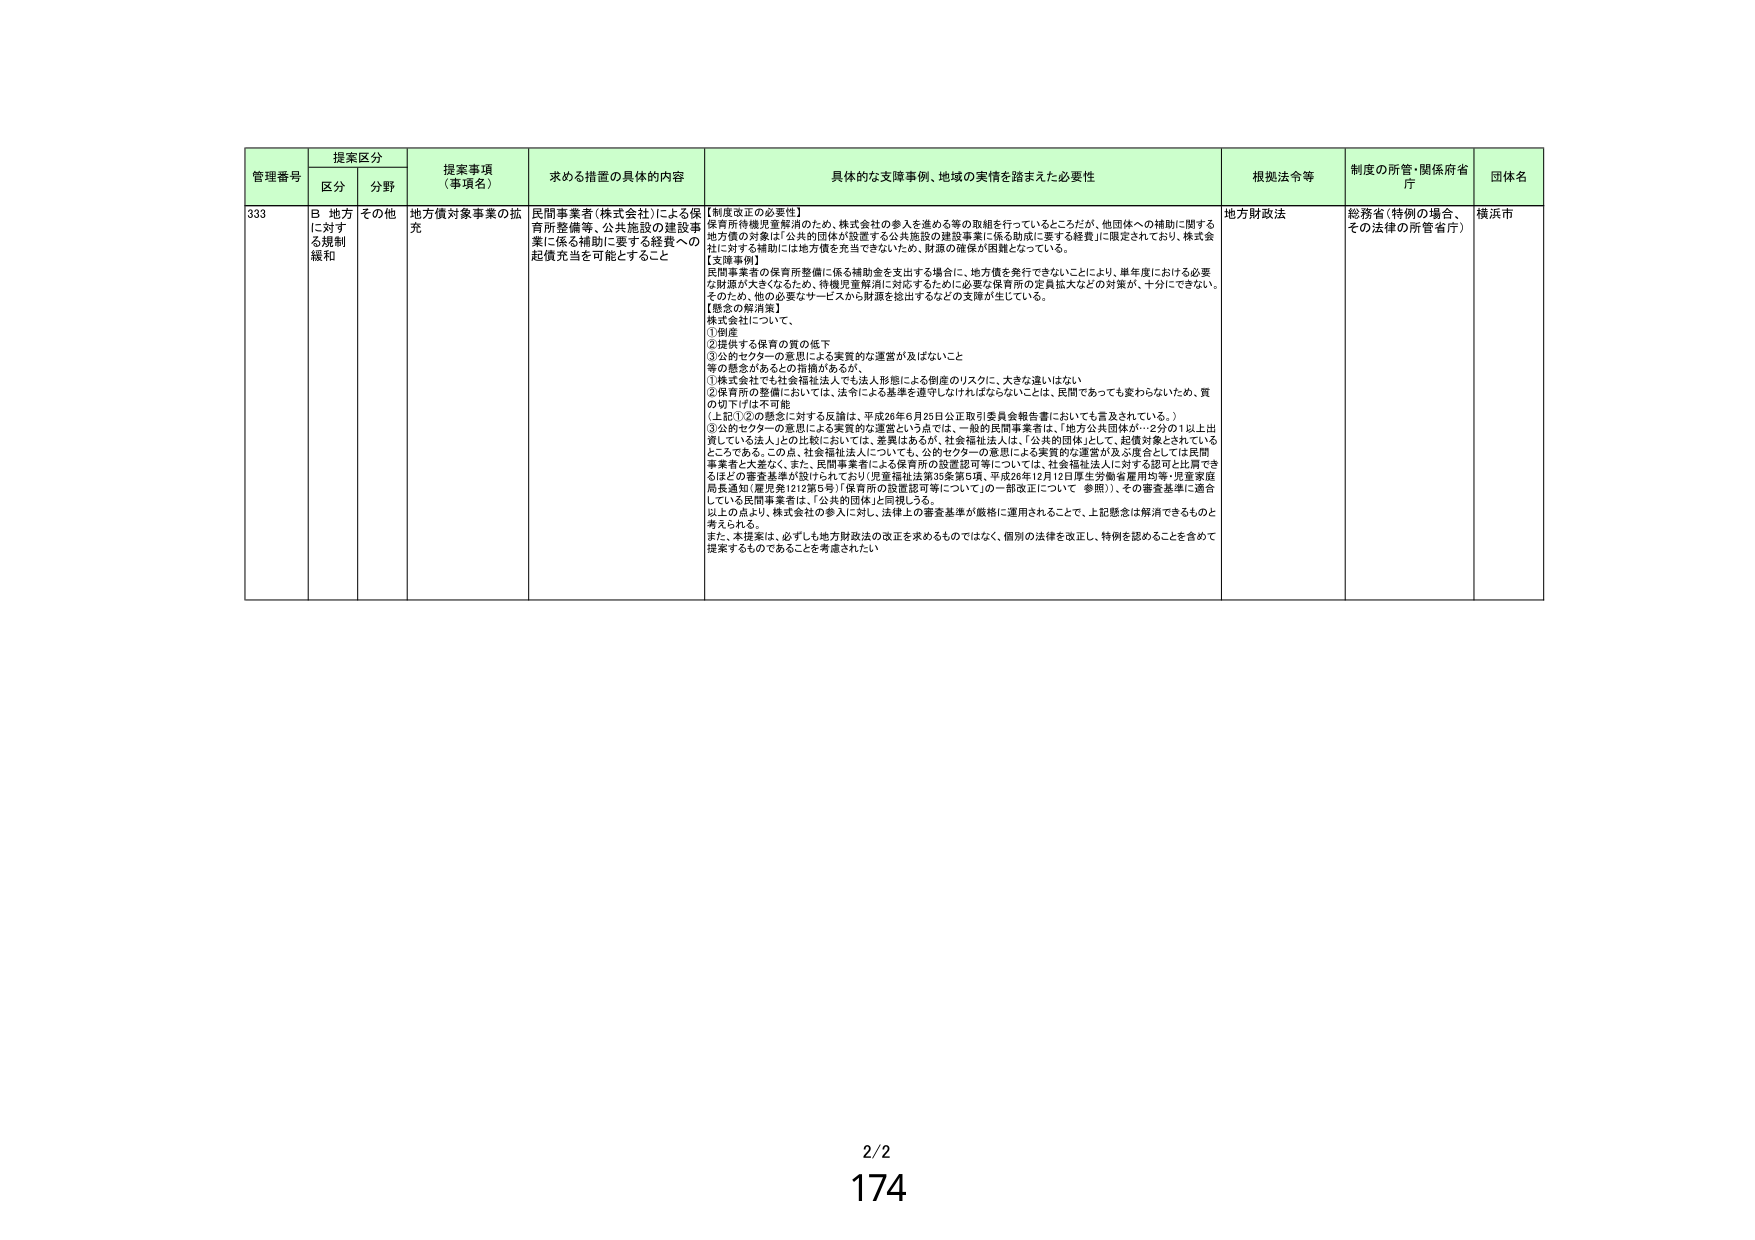
管理番号 提案区分 提案事項（事項名） 求める措置の具体的内容 具体的な支援事例、地域の実情を踏まえた必要性 根拠法令等 制度の所管・関係府省庁 団体名
区分 分野
333 B 地方に対する規制緩和 その他 地方債対象事業の拡充 民間事業者（株式会社）による保育所整備等、公共施設の建設事業に係る補助に要する経費への起債充当を可能とすること 【制度改正の必要性】 保育所待機児童解消のため、株式会社の参入を進める等の取組を行っているところだが、他団体への補助に関する地方債の対象は「公共的団体が設置する公共施設の建設事業に係る助成に要する経費」に限定されており、株式会社に対する補助には地方債を充当できないため、財源の確保が困難となっている。 【支援事例】 民間事業者の保育所整備に係る補助金を支出する場合に、地方債を発行できないことにより、単年度における必要な財源が大きくなるため、待機児童解消に対応するために必要な保育所の定員拡大などの対策が、十分にできない。そのため、他の必要なサービスから財源を捻出するなどの支援が生じている。 【懸念の解消策】 株式会社について、 ①倒産 ②提供する保育の質の低下 ③公的セクターの意思による実質的な運営が及ばないこと 等の懸念があるとの指摘があるが、 ①株式会社でも社会福祉法人でも法人形態による倒産のリスクに、大きな違いはない ②保育所の整備においては、法令による基準を遵守しなければならないことは、民間であっても変わらないため、質の切下げは不可能 （上記①②の懸念に対する反論は、平成26年6月25日公正取引委員会報告書においても言及されている。） ③公的セクターの意思による実質的な運営という点では、一般の民間事業者は、「地方公共団体が…2分の1以上出資している法人」との比較においては、差異はあるが、社会福祉法人は、「公共的団体」として、起債対象とされているところである。この点、社会福祉法人についても、公的セクターの意思による実質的な運営が及ぶ度合としては民間事業者と大差なく、また、民間事業者による保育所の設置認可等については、社会福祉法人に対する認可と比肩できるほどの審査基準が設けられており（児童福祉法第35条第5項、平成28年12月12日厚生労働省雇用均等・児童家庭局長通知（雇児発1212第5号）「保育所の設置認可等について」の一部改正について 参照）、その審査基準に適合している民間事業者は、「公共的団体」と同視しうる。 以上の点より、株式会社の参入に対し、法律上の審査基準が厳格に運用されることで、上記懸念は解消できるものと考えられる。 また、本提案は、必ずしも地方財政法の改正を求めるものではなく、個別の法律を改正し、特例を認めることを含めて提案するものであることを考慮されたい 地方財政法 総務省（特例の場合、その法律の所管省庁） 横浜市
2/2
174